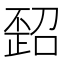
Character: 𪴻